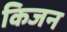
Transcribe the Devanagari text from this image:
किजन